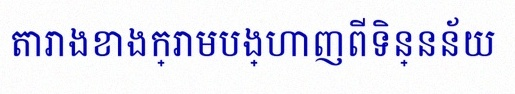
តារាងខាងក្រោមបង្ហាញពីទិន្នន័យ